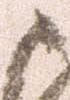
ま